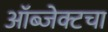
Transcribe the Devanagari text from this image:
ऑब्जेक्टचा